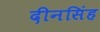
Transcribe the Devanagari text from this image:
दीनसिंह